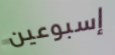
إسبوعين